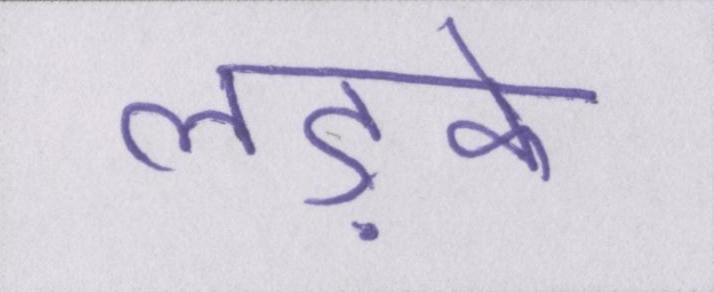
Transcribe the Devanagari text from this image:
लड़के